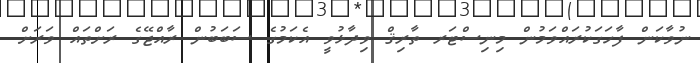
ނުވާކަން ފާހަގަކުރައްވަމުން މިނިސްޓަރ ތާރިޤް ވިދާޅުވީ އެކަމުގެ ސަބަބުން ރާއްޖޭގެ ރަށްތައް ވަރަށް